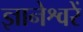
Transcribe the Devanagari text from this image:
ज्ञानेश्वरें